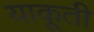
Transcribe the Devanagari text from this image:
याकूती